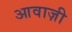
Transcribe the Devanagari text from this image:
आवाज़ी